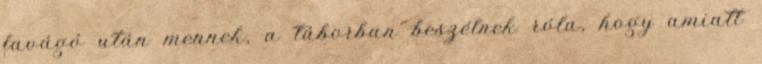
favágó után mennek, a táborban beszélnek róla, hogy amiatt